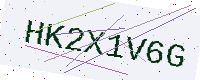
Text: HK2X1V6G